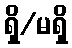
ရှိ/မရှိ